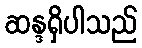
ဆန္ဒရှိပါသည်